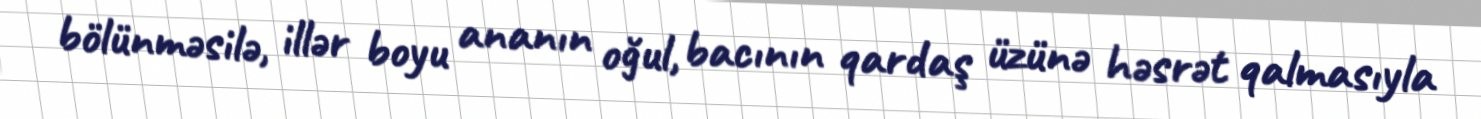
bölünməsilə, illər boyu ananın oğul, bacının qardaş üzünə həsrət qalmasıyla